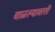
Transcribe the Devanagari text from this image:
वाळल्यावरती